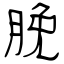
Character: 脕